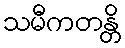
သမီကတန္တိ